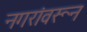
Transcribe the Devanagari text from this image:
नगरांवरून